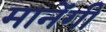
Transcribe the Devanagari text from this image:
मानेंगी